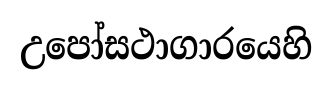
උපෝසථාගාරයෙහි